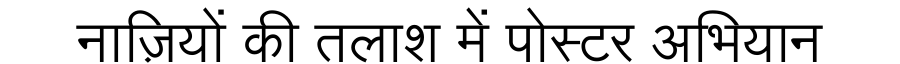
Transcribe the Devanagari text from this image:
नाज़ियों की तलाश में पोस्टर अभियान